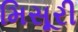
મિસૂરી